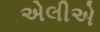
એલીએ